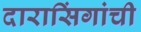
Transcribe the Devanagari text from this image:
दारासिंगांची